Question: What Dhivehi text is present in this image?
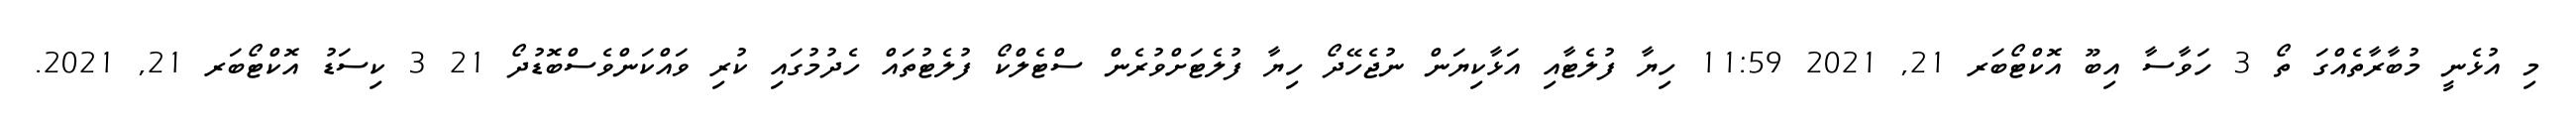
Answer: މި އުޅެނީ މުބާރާތެއްގަ ތޯ 3 ހަވާސާ އިބޫ އޮކްޓޯބަރ 21, 2021 11:59 ހިޔާ ފުލެޓާއި އަޅާކިޔަން ނުޖެހޭދޯ ހިޔާ ފުލެޓަށްވުރެން ސްޓެލްކޯ ފުލެޓުތައް ހެދުމުގައި ކުރި ވައްކަންވެސްބޮޑުދޯ 21 3 ކިސަޑު އޮކްޓޯބަރ 21, 2021.